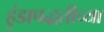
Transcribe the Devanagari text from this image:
हुंडापद्धतीच्या